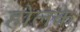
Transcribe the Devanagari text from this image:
होलके